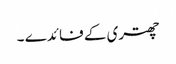
چھتری کے فائدے ۔